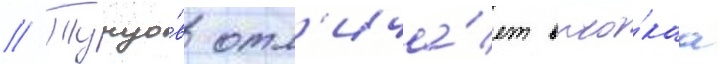
// Тунцо́в отл'ича́ет высо́каа